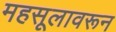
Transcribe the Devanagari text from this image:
महसूलावरून